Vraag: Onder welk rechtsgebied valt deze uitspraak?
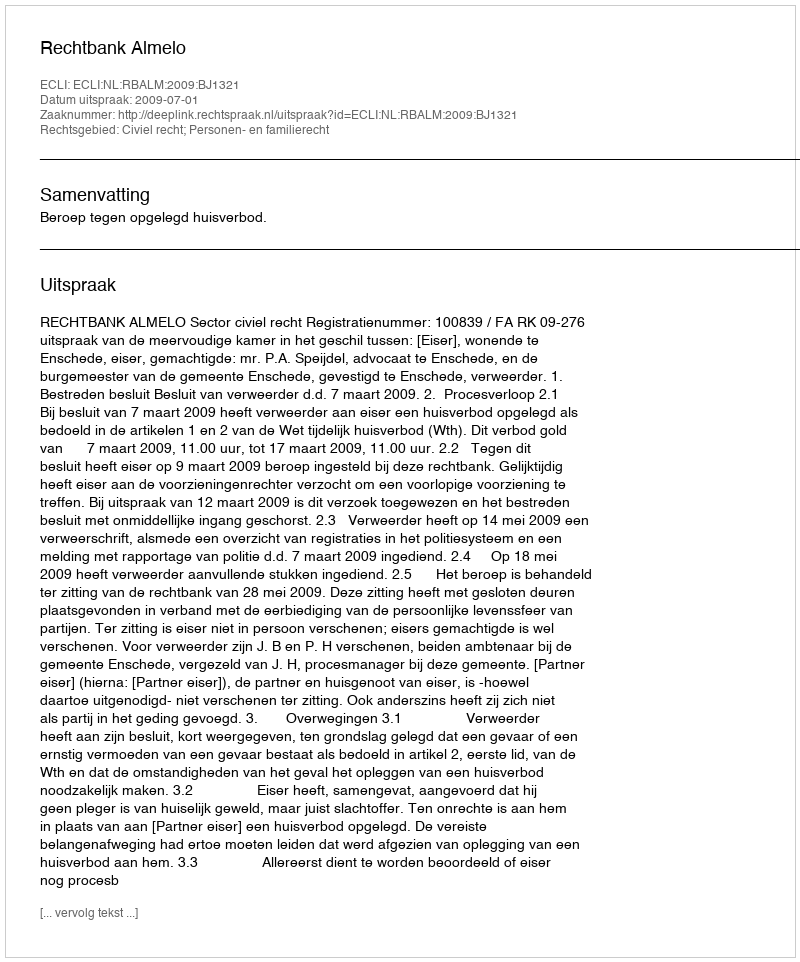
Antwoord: Civiel recht; Personen- en familierecht